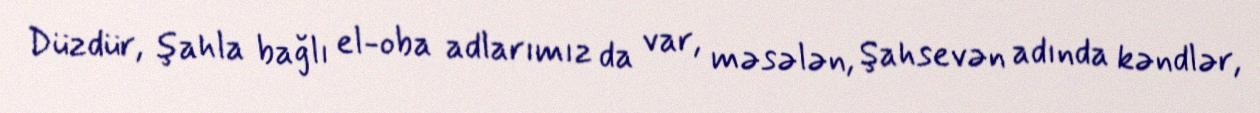
Düzdür, şahla bağlı el-oba adlarımız da var, məsələn, Şahsevən adında kəndlər,